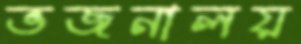
ভজনালয়